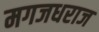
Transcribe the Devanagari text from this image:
मगजधराज